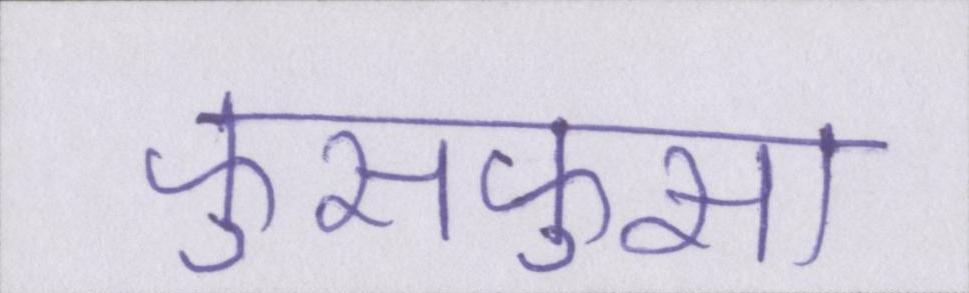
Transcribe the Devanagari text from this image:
फुसफुसा